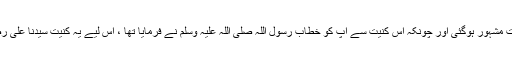
‘‘ اس وقت سے ان کی یہ کنیت مشہور ہوگئی اور چونکہ اس کنیت سے آپ کو خطاب رسول اللہ صلی اللہ علیہ وسلم نے فرمایا تھا ، اس لیے یہ کنیت سیدنا علی رضی اللہ عنہ کو بہت پسندتھی۔